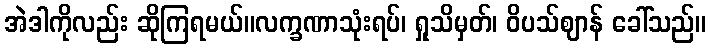
အဲဒါကိုလည်း ဆိုကြရမယ်။လက္ခဏာသုံးရပ်၊ ရှုသိမှတ်၊ ဝိပသ်ဈာန် ခေါ်သည်။